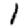
Digit: 1